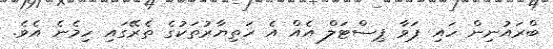
ބްރައުނިން ހައި ޕަވާ ޕިސްޓަލް އެއް އެ ހަތިޔާރުތަކުގެ ތެރޭގައި ހިމެނެ އެވެ.